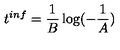
t ^ { i n f } = \frac { 1 } { B } \log ( - \frac { 1 } { A } )